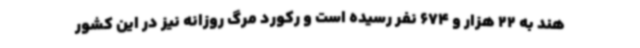
هند به 22 هزار و 674 نفر رسیده است و رکورد مرگ روزانه نیز در این کشور